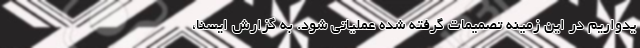
یدواریم در این زمینه تصمیمات گرفته شده عملیاتی شود. به گزارش ایسنا،